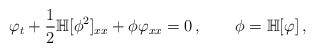
\begin{align*}\varphi_{t}+\frac12\mathbb H[\phi^2]_{xx}+\phi\varphi_{xx}=0\,,\qquad\phi=\mathbb H[\varphi]\,,\end{align*}